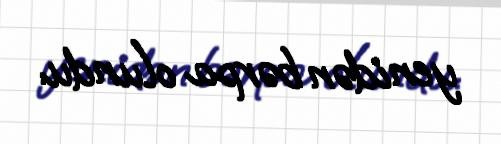
yenidən bərpa olundu.